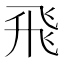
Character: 飛